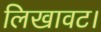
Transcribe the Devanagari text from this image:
लिखावट।